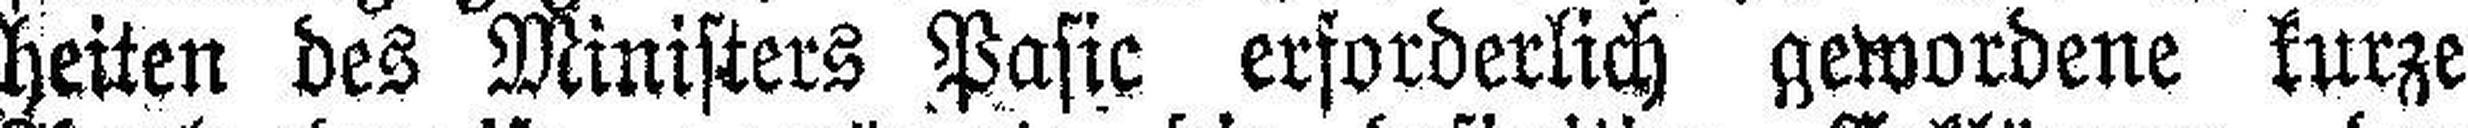
heiten des Ministers Pasic erforderlich gewordene kurze